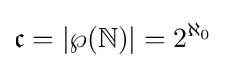
{\mathfrak {c}}=|\wp (\mathbb {N} )|=2^{\aleph _{0}}